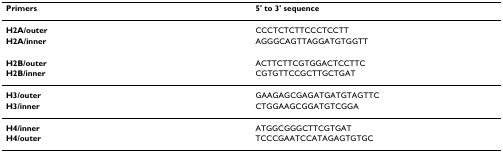
<table><thead><tr><td><b>Primers</b></td><td><b>5&#x27; to 3&#x27; sequence</b></td></tr></thead><tbody><tr><td><b>H2A/outer</b></td><td>CCCTCTCTTCCCTCCTT</td></tr><tr><td><b>H2A/inner</b></td><td>AGGGCAGTTAGGATGTGGTT</td></tr><tr><td><b>H2B/outer</b></td><td>ACTTCTTCGTGGACTCCTTC</td></tr><tr><td><b>H2B/inner</b></td><td>CGTGTTCCGCTTGCTGAT</td></tr><tr><td><b>H3/outer</b></td><td>GAAGAGCGAGATGATGTAGTTC</td></tr><tr><td><b>H3/inner</b></td><td>CTGGAAGCGGATGTCGGA</td></tr><tr><td><b>H4/inner</b></td><td>ATGGCGGGCTTCGTGAT</td></tr><tr><td><b>H4/outer</b></td><td>TCCCGAATCCATAGAGTGTGC</td></tr></tbody></table>